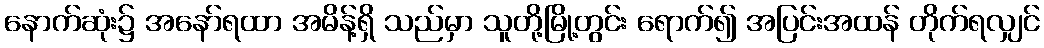
နောက်ဆုံး၌ အနော်ရထာ အမိန့်ရှိ သည်မှာ သူတို့မြို့တွင်း ရောက်၍ အပြင်းအထန် တိုက်ရလျှင်